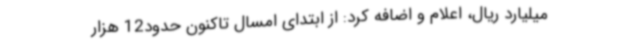
میلیارد ریال، اعلام و اضافه کرد: از ابتدای امسال تاکنون حدود12 هزار